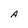
Character: A